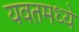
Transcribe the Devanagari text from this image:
यवतमध्ये